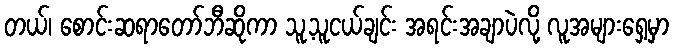
တယ်၊ စောင်းဆရာတော်ဘီဆိုကာ သူ့သူငယ်ချင်း အရင်းအချာပဲလို့ လူအများရှေ့မှာ